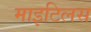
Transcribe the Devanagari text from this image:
माइटिलस